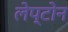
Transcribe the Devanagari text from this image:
लेप्टोन